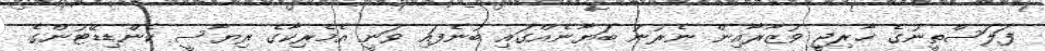
ފަލަސްތީނުގެ ޚާރިޖީ ވުޒާރާއިން ނެރުނު ބަޔާނެއްގައި ބުނެފައި ވަނީ އެމެރިކާގެ ރިޔާސީ ކެންޑިޑޭޓުންގެ